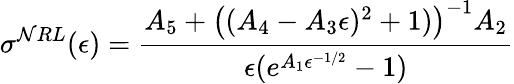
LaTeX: \sigma^{\mathcal{N}RL}(\epsilon)={\frac{{A_{5}+{\big(}(A_{4}-A_{3}\epsilon)^{2}+1){\big)}^{-1}A_{2}}}{{\epsilon(e^{A_{1}\epsilon^{-1/2}}-1)}}}